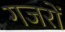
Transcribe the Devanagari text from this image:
गजरों